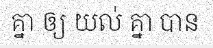
គ្នា ឲ្យ យល់ គ្នា បាន